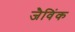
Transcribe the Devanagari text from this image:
जैविंक